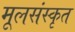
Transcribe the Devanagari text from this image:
मूलसंस्कृत